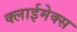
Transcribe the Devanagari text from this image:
क्लाईमेक्स